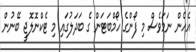
އެހެން ނަމަވެސް މި ފޯންގެ ހޯމްބަޓަން ގެ ބަދަލުގައި މި ޓެކްނޮލޮޖީ ބޭނުން